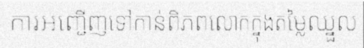
ការអញ្ជើញទៅកាន់ពិភពលោកក្នុងតម្លៃឈ្នួល